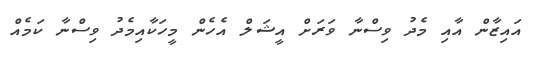
އައިޒާން އާއި މެދު ވިސްނާ ވަރަށް އީޝަލް އެހެން މީހަކާއިމެދު ވިސްނާ ކަމެއް